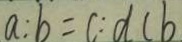
a : b = c : d c b